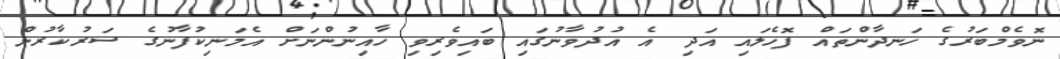
ނޮވެމްބަރުގެ ހަނދާންތައް ފޮހެލައި އަދި އެ އުދުވާނުގައި ބައިވެރިވި ހާއިނުންނަށް އެމަނިކުފާނުގެ ސަރުކާރުން